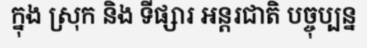
ក្នុង ស្រុក និង ទីផ្សារ អន្តរជាតិ បច្ចុប្បន្ន